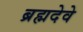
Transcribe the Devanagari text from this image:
ब्रह्मदेवे